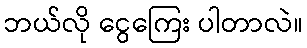
ဘယ်လို ငွေကြေး ပါတာလဲ။